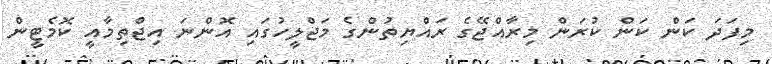
މިފަދަ ކަން ކަން ކުރަން މިރާއްޖޭގެ ރައްޔިތުންގެ މަޖްލީހުގައި އޮންނަ އިޖްތިމާއީ ކޮމެޓީން